Leaving Certificate Examination (including Day School Certificate (Higher) General paper), 1933
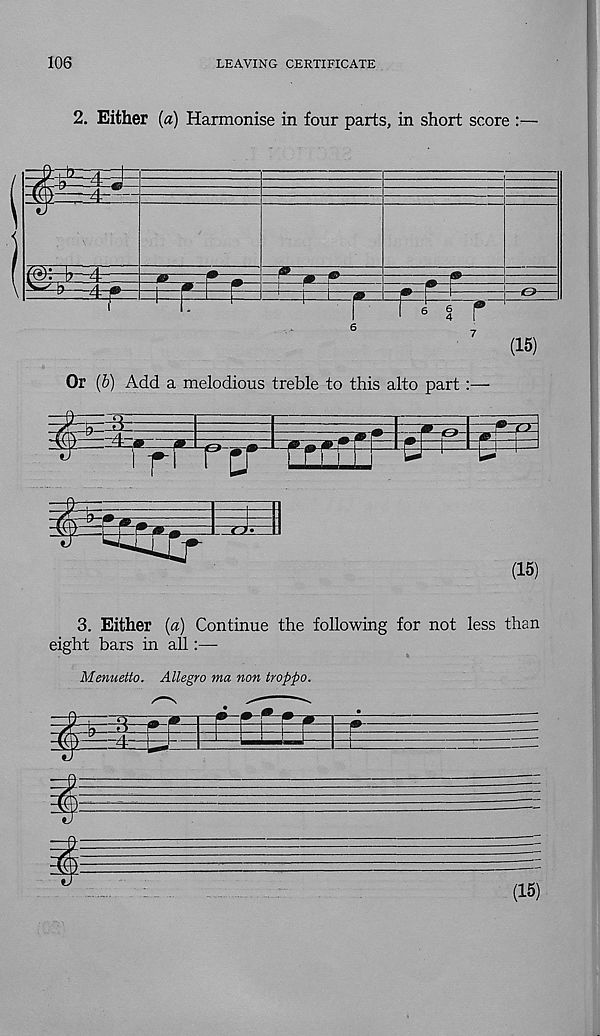
106
LEAVING CERTIFICATE
2. Either (a) Harmonise in four parts, in short score :—
1
* ®
4-
£
-e>-
6
a r
(15)
Or (5) Add a melodious treble to this alto part
i
$
z±
(15)
3. Either (a) Continue the following for not less than
eight bars in all:—
Menuetto. Allegro ma non tropfio.
(15)